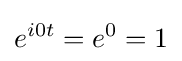
e^{i0t}=e^{0}=1